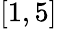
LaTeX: [1,5]